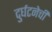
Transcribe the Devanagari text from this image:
दुर्घटनेची